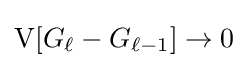
\operatorname {V} [G_{\ell }-G_{\ell -1}]\rightarrow 0